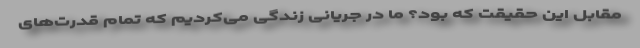
مقابل این حقیقت که بود؟ ما در جریانی زندگی می‌کردیم که تمام قدرت‌های